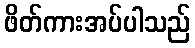
ဖိတ်ကားအပ်ပါသည်